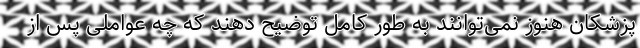
پزشکان هنوز نمی‌توانند به طور کامل توضیح دهند که چه عواملی پس از